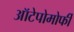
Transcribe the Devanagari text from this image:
ऑटेपोमोर्फी